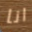
انا